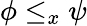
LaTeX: \phi\leq_{x}\psi